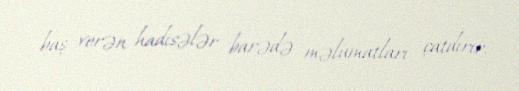
baş verən hadisələr barədə məlumatları çatdırır.